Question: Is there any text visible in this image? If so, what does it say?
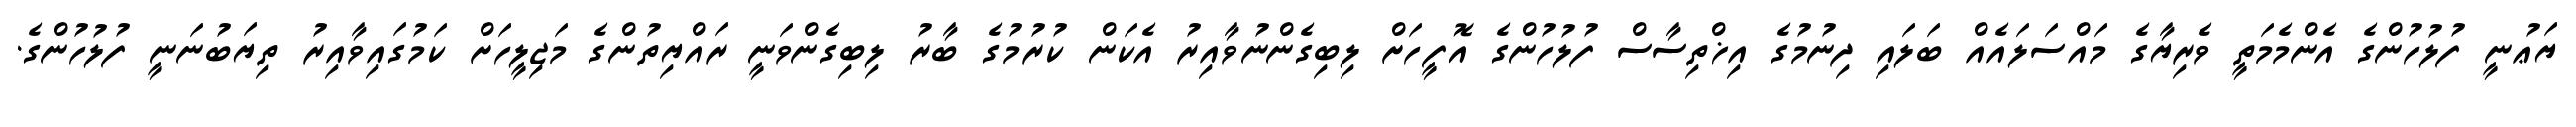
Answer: ޔަޢުނީ ފުލުހުންގެ އެންމެމަތީ ވެރިޔާގެ މައްސަލައެއް ބަލައި ދިނުމުގެ އިޚްތިސާސް ފުލުހުންގެ އޮފީހަށް ލިބިގެންނުވާއިރު އެކަން ކުރުމުގެ ބާރު ލިބިގެންވަނީ ރައްޔިތުންގެ މަޖިލީހަށް ކަމުގައިވާއިރު ތިޔަބުނަނީ ފުލުހުންގެ.